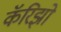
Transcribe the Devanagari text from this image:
कॅरिझो